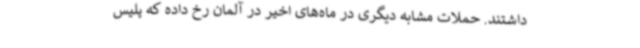
داشتند. حملات مشابه دیگری در ماه‌های اخیر در آلمان رخ داده که پلیس